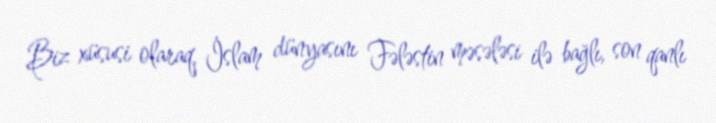
Biz xüsusi olaraq, İslam dünyasını Fələstin məsələsi ilə bağlı, son qanlı